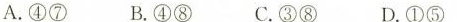
A.④⑦ B.④⑧ C.③⑧ D.①⑤